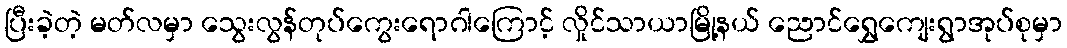
ပြီးခဲ့တဲ့ မတ်လမှာ သွေးလွန်တုပ်ကွေးရောဂါကြောင့် လှိုင်သာယာမြို့နယ် ညောင်ရွှေကျေးရွာအုပ်စုမှာ